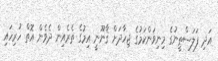
އަދި ފަލަސްޠީނުގެ މިނިވަންކަމުގެ ޖިހާދަށް ޤާނޫނީ އިމުގެ ތެރެއިން ދެވެން އޮތް ހުރިހައި